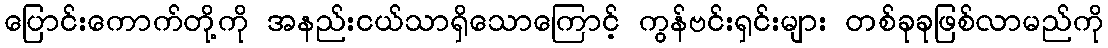
ပြောင်းကောက်တို့ကို အနည်းငယ်သာရှိသောကြောင့် ကွန်ဗင်းရှင်းများ တစ်ခုခုဖြစ်လာမည်ကို